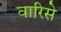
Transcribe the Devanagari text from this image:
वारिसे